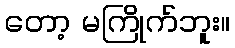
တော့ မကြိုက်ဘူး။